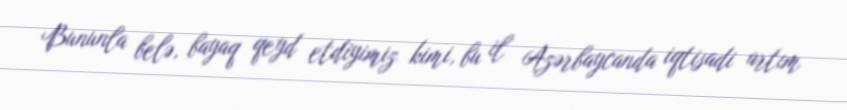
Bununla belə, bayaq qeyd etdiyimiz kimi, bu il Azərbaycanda iqtisadi artım